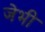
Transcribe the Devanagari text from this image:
जेभी